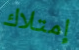
إمتلاك